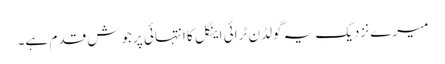
میرے نزدیک یہ گولڈن ٹرائی اینگل کا انتہائی پرجوش قدم ہے۔